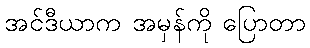
အင်ဒီယာက အမှန်ကို ပြောတာ